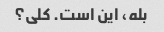
بله، این است. کلی؟